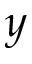
y